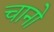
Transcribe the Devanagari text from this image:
चानो